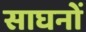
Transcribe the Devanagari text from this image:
साघनों